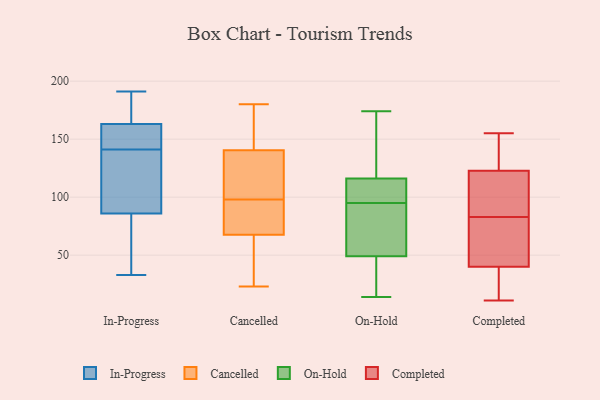
{"axis": {"x": "Bounce Rate (%)", "y": "Value"}, "legend": ["Cancelled", "Completed", "In-Progress", "On-Hold"], "data": [{"x": "", "y": 154, "type": "In-Progress"}, {"x": "", "y": 172, "type": "In-Progress"}, {"x": "", "y": 33, "type": "In-Progress"}, {"x": "", "y": 163, "type": "In-Progress"}, {"x": "", "y": 175, "type": "In-Progress"}, {"x": "", "y": 65, "type": "In-Progress"}, {"x": "", "y": 77, "type": "In-Progress"}, {"x": "", "y": 141, "type": "In-Progress"}, {"x": "", "y": 163, "type": "In-Progress"}, {"x": "", "y": 147, "type": "In-Progress"}, {"x": "", "y": 191, "type": "In-Progress"}, {"x": "", "y": 127, "type": "In-Progress"}, {"x": "", "y": 92, "type": "In-Progress"}, {"x": "", "y": 157, "type": "In-Progress"}, {"x": "", "y": 97, "type": "In-Progress"}, {"x": "", "y": 179, "type": "In-Progress"}, {"x": "", "y": 51, "type": "In-Progress"}, {"x": "", "y": 126, "type": "In-Progress"}, {"x": "", "y": 84, "type": "In-Progress"}, {"x": "", "y": 180, "type": "Cancelled"}, {"x": "", "y": 115, "type": "Cancelled"}, {"x": "", "y": 96, "type": "Cancelled"}, {"x": "", "y": 62, "type": "Cancelled"}, {"x": "", "y": 141, "type": "Cancelled"}, {"x": "", "y": 136, "type": "Cancelled"}, {"x": "", "y": 98, "type": "Cancelled"}, {"x": "", "y": 139, "type": "Cancelled"}, {"x": "", "y": 64, "type": "Cancelled"}, {"x": "", "y": 79, "type": "Cancelled"}, {"x": "", "y": 69, "type": "Cancelled"}, {"x": "", "y": 150, "type": "Cancelled"}, {"x": "", "y": 23, "type": "Cancelled"}, {"x": "", "y": 67, "type": "Cancelled"}, {"x": "", "y": 149, "type": "Cancelled"}, {"x": "", "y": 110, "type": "On-Hold"}, {"x": "", "y": 174, "type": "On-Hold"}, {"x": "", "y": 49, "type": "On-Hold"}, {"x": "", "y": 27, "type": "On-Hold"}, {"x": "", "y": 50, "type": "On-Hold"}, {"x": "", "y": 89, "type": "On-Hold"}, {"x": "", "y": 164, "type": "On-Hold"}, {"x": "", "y": 14, "type": "On-Hold"}, {"x": "", "y": 114, "type": "On-Hold"}, {"x": "", "y": 173, "type": "On-Hold"}, {"x": "", "y": 123, "type": "On-Hold"}, {"x": "", "y": 116, "type": "On-Hold"}, {"x": "", "y": 32, "type": "On-Hold"}, {"x": "", "y": 43, "type": "On-Hold"}, {"x": "", "y": 101, "type": "On-Hold"}, {"x": "", "y": 49, "type": "On-Hold"}, {"x": "", "y": 116, "type": "On-Hold"}, {"x": "", "y": 63, "type": "On-Hold"}, {"x": "", "y": 11, "type": "Completed"}, {"x": "", "y": 15, "type": "Completed"}, {"x": "", "y": 13, "type": "Completed"}, {"x": "", "y": 155, "type": "Completed"}, {"x": "", "y": 153, "type": "Completed"}, {"x": "", "y": 71, "type": "Completed"}, {"x": "", "y": 83, "type": "Completed"}, {"x": "", "y": 37, "type": "Completed"}, {"x": "", "y": 49, "type": "Completed"}, {"x": "", "y": 83, "type": "Completed"}, {"x": "", "y": 143, "type": "Completed"}, {"x": "", "y": 123, "type": "Completed"}, {"x": "", "y": 67, "type": "Completed"}, {"x": "", "y": 92, "type": "Completed"}, {"x": "", "y": 122, "type": "Completed"}]}